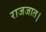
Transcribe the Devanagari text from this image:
राजजात।